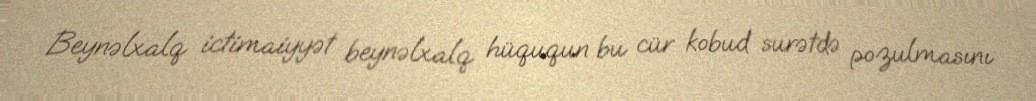
Beynəlxalq ictimaiyyət beynəlxalq hüququn bu cür kobud surətdə pozulmasını